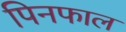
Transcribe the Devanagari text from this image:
पिनफाल